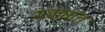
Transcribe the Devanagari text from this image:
यक्षांत